Report of the Indian Hemp Drugs Commission, 1894-1895 - Volume VI
Year: 1894
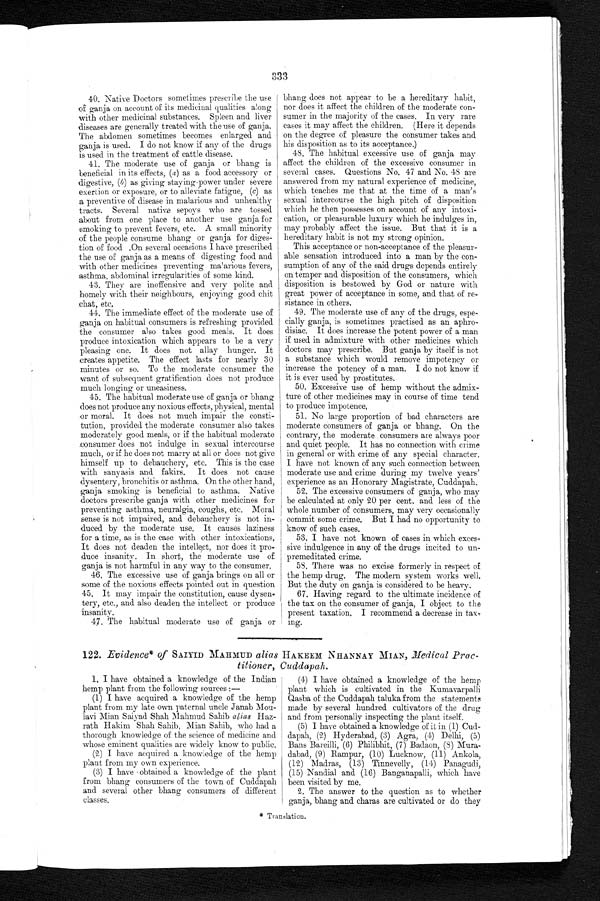
40. Native Doctors sometimes prescribe the use
of ganja on account of its medicinal qualities along
with other medicinal substances. Spleen and liver
diseases are generally treated with the use of ganja.
The abdomen sometimes becomes enlarged and
ganja is used. I do not know if any of the drugs
is used in the treatment of cattle disease.
41. The moderate use of ganja or bhang is
beneficial in its effects, (a ) as a food accessory or
digestive, (b) as giving staying-power under severe
exertion or exposure, or to alleviate fatigue, ( c) as
a preventive of disease in malarious and unhealthy
tracts. Several native sepoys who are tossed
about from one place to another use ganja for
smoking to prevent fevers, etc. A small minority
of the people consume bhang or ganja for diges
- t i o n o f f o o d O n s e v e r a l o c c a s i o n s I h a v e p r e s c r i b e d
the use of ganja as a means of digesting food and
with other medicines preventing malarious fevers,
asthma, abdominal irregularities of some kind.
43. They are inoffensive and very polite and
h o m e l y w i t h t h e i r n e i g h b o u r s , e n j o y i n g g o o d c h i t c h a t , e t c .
44. The immediate effect of the moderate use of
ganja on habitual consumers is refreshing provided
the consumer also takes good meals. It does
produce intoxication which appears to be a very
pleasing one. It does not allay hunger. It
creates appetite. The effect lasts for nearly 30
minutes or so. To the moderate consumer the
want of subsequent gratification does not produce
much longing or uneasiness.
45. The habitual moderate use of ganja or bhang
does not produce any noxious effects, physical, mental
or moral. It does not much impair the consti
-tution, provided the moderate consumer also takes
moderately good meals, or if the habitual moderate
consumer does not indulge in sexual intercourse
much, or if he does not marry at all or does not give
himself up to debauchery, etc. This is the case
with sanyasis and fakirs. It does not cause
dysentery, bronchitis or asthma. On the other hand,
ganja smoking is beneficial to asthma. Native
doctors prescribe ganja with other medicines for
preventing asthma, neuralgia, coughs, etc. Moral
sense is not impaired, and debauchery is not in
-duced by the moderate use. It causes laziness
for a time, as is the case with other intoxications,
It does not deaden the intellect, nor does it p
ro-duce insanity. In short, the moderate use of
ganja is not harmful in any way to the consumer,
46. The excessive use of ganja brings on all or
some of the noxious effects pointed out in question
45. It may impair the constitution, cause dysen
- t e r y , e t c . , a n d a l s o d e a d e n t h e i n t e l l e c t o r p r o d u c e
insanity.
47. The habitual moderate use of ganja or bhang does not appear to be a hereditary habit,
nor does it affect the children of the moderate con
-sumer in the majority of the cases. In very rare
cases it may affect the children. (Here it depends
on the degree of pleasure the consumer takes and
his disposition as to its acceptance.)
48. The habitual excessive use of ganja may
affect the children of the excessive consumer in
several cases, Questions No. 47 and No. 48 are
answered from my natural experience of medicine,
which teaches me that at the time of a man's
sexual intercourse the high pitch of disposition
which he then possesses on account of any intoxi
- c a t i o n , o r p l e a s u r a b l e l u x u r y w h i c h h e i n d u l g e s i n ,
may probably affect the issue. But that it is a
hereditary habit is not my strong opinion.
This acceptance or non-acceptance of the pleasur
-able sensation introduced into a man by the con
-sumption of any of the said drugs depends entirely
on temper and disposition of the consumers, which
disposition is bestowed by God or nature with
great power of acceptance in some, and that of re
-sistance in others.
49. The moderate use of any of the drugs, espe
-cially ganja, is sometimes practised as an aph
r o - d i s i a c . I t d o e s i n c r e a s e t h e p o t e n t p o w e r o f a m a n
if used in admixture with other medicines which
doctors may prescribe. But ganja by itself is not
a substance which would remove impotency or
increase the potency of a man. I do not know if
it is ever used by prostitutes.
50. Excessive use of hemp without the admix
- t u r e o f o t h e r m e d i c i n e s m a y i n c o u r s e o f t i m e t e n d
to produce impotence.
51. No large proportion of bad characters are
moderate consumers of ganja or bhang. On the
contrary, the moderate consumers are always poor
and quiet people. It has no connection with crime
in general or with crime of any special character.
I have not known of any such connection between
moderate use and crime during my twelve years'
experience as an Honorary Magistrate, Cuddapah.
52. The excessive consumers of ganja, who may
be calculated at only 20 per cent. and less of the
whole number of consumers, may very occasionally
commit some crime, But I had no opportunity to
know of such cases.
53. I have not known of cases in which exces
-sive indulgence in any of the drugs incited to un
- p r e m e d i t a t e d c r i m e .
58. There was no excise formerly in respect of
the hemp drug. The modern system works well.
But the duty on ganja is considered to be heavy.
67. Having regard to the ultimate incidence of
the tax on the consumer of ganja, I object to the
present taxation. I recommend a decrease in ta
x-ing.
122. Evidence* of SAIYID MAHMUD alias H AKEEM NHANNAY MIAN, Medical Prac
-
titioner, Cuddapah.
1. I have obtained a knowledge of the Indian
hemp plant from the following sources:—
(1) I have acquired a knowledge of the hemp plant from my late own paternal uncle Janab Mou
- l a v i M i a n S a i y a d S h a h M a h m u d S a h i ba
l i a s
Haz
- r a t h H a k i m S h a h S a h i b , M i a n S a h i b , w h o h a d a
thorough knowledge of the science of medicine and
whose eminent qualities are widely know to public.
(2) I have acquired a knowledge of the hemp
plant from my own experience.
(3) I have obtained a knowledge of the plant
from bhang consumers of the town of Cuddapah
and several other bhang consumers of different
classes.
(4) I have obtained a knowledge of the hemp
plant which is cultivated in the Kumavarpalli
Qasba of the Cuddapah taluka from the statements made by several hundred cultivators of the drug
and from personally inspecting the plant itself.
(5) I have obtained a knowledge of it in (1) Cud
- d a p a h , ( 2 ) H y d e r a b a d , ( 3 ) A g r a , ( 4 ) D e l h i , ( 5 )
Bans Bareilli, (6) Philibhit, (7) Badaon, (8) Mura
- d a b a d , ( 9 ) R a m p u r , ( 1 0 ) L u c k n o w , ( 1 1 ) A n k o l a ,
(12) Madras, (13) Tinnevelly, (14) Panagudi,
(15) Nandial and (16) Banganapalli, which have
been visited by me.
2. The answer to the question as to whether
ganja, bhang and charas are cultivated or do they
* Translation.